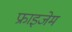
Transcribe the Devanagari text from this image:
फ्राइजेम